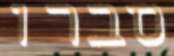
סברו